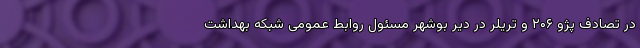
در تصادف پژو ۲۰۶ و تریلر در دیر بوشهر مسئول روابط عمومی شبکه بهداشت